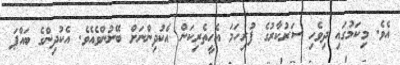
އެވެ. މިކަމުގައި ދިވެހި ސަރުކާރުގެ ފުރިހަމަ އެހީތެރިކަން އެކުދިންނަށް ބޭނުންވެއެވެ. އެކުދިންގެ ބައްޕަ